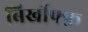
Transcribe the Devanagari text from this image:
बिर्खोफ्फ़